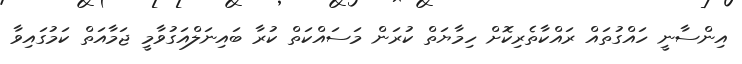
އިންސާނީ ހައްގުތައް ރައްކާތެރިކޮށް ހިމާޔަތް ކުރަން މަސައްކަތް ކުރާ ބައިނަލްއަގުވާމީ ޖަމާއަތް ކަމުގައިވާ